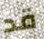
قد